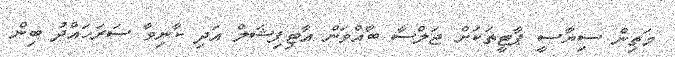
މަތިން ސިޔާސީ ޕާޓީތަކަށް ޖަލްސާ ބާއްވަން އާޓިފިޝަލް އަދި ކާނިވާ ސަރަހައްދު ބިން